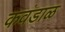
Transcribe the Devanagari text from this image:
कवंडाळ